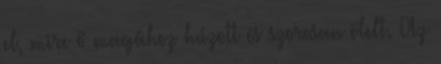
el, mire ő magához húzott és szorosan ölelt. Az